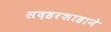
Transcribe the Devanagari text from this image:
सदहरशाहाने